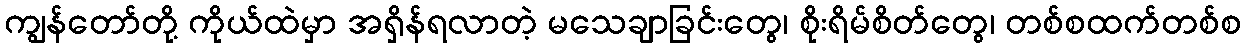
ကျွန်တော်တို့ ကိုယ်ထဲမှာ အရှိန်ရလာတဲ့ မသေချာခြင်းတွေ၊ စိုးရိမ်စိတ်တွေ၊ တစ်စထက်တစ်စ